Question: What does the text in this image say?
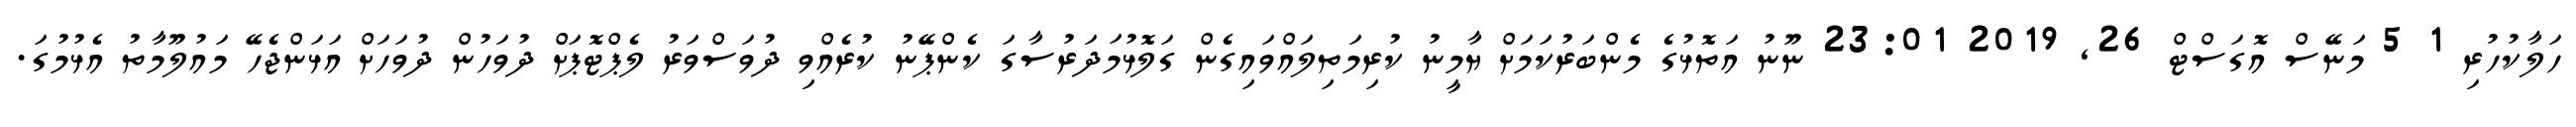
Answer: ހަލާކުހުރި 1 5 މަނޭސް އޮގަސްޓް 26, 2019 23:01 ނޫނު އަތޮޅުގެ މެންބަރުކަމަށް ޔާމީނު ކުރިމަތިލައްވައިގެން ގަލޮޅުމަދަރުސާގަ ކެންޕޭނު ކުރެއްވި ދުވަސްވަރު ލެޕްޓޮޕަށް ދުވަހުން ދުވަހަށް އަޅަންޖެހޭ މައުލޫމާތު އެޅުމުގަ.